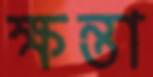
ক্ষন্তা